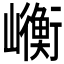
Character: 𭗯